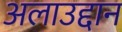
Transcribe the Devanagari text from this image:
अलाउद्दान